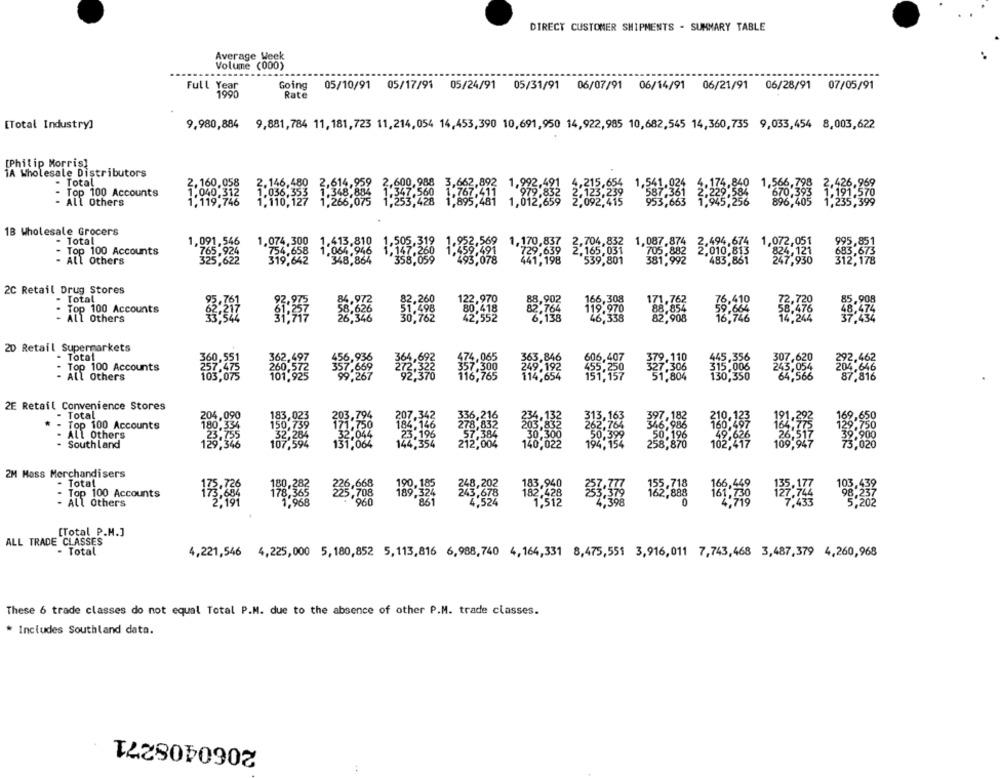
DIRECT CUSTOMER SHIPMENTS - SUMMARY TABLE
Average Week
Volume (000)
Full Year
Going
05/10/91 05/17/91 05/24/91 05/31/91 06/07/91 06/14/91 06/21/91 06/28/91 07/05/91
1990
Rate
[Total Industry]
9,980,884 9,881,784 11,181,723 11,214,054 14,453,390 10,691,950 14,922,985 10,682,545 14,360,735 9,033,454 8,003,622
[Philip Morris]
1A Wholesale Distributors
- Total
2.160,058
- Top 100 Accounts
1.040,312
- All Others
1,119,746
1B Wholesale Grocers
- Total
1,091,546
2,494,674 1,072,051
765,924
1.074,300
1.413.810
1.505.318
1,170,857
1,087.874
2,010,813
- Top 100 Accounts
1.064.946
729.639
2.165:031
703.882
824:120
All Others
325,622
319,642
348,864
89,801
483,861
2C Retail Drug Stores
Total
88,902
166,308
Top 100 Accounts
80,418
119.970
All Others
6,138
46,338
14.244
2D Retail Supermarkets
- Total
- Top 100 Accounts
362,
502.462
260,5
9:192
315.006
245:054
646
All Others
87.816
2E Retail Convenience Stores
- Total
204.090
- Top 100 Accounts
180,334
All Others
23.755
- Southland
004
140.0
129,346
2M Moss Merchandisers
- Total
190.
- Top 100 Accounts
178,5
166:558
- All Others
960
[Total _P.N.]
ALL TRADE CLASSES
- Total
4,221,546 4,225,000 5,180,852 5,113,816 6,988,740 4,164,331 8,475,551 3,916,011 7,743,468 3,487,379 4,260,968
These 6 trade classes do not equal Total P.M. due to the absence of other P.M. trade classes.
* Includes Southland data.
2060408271